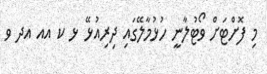
މި ފޮށްޓަށް ވޯޓުލާނީ ހުޅުމާލޭގައި ދިރިއުޅޭ ޅ ކ އއ އދ ވ